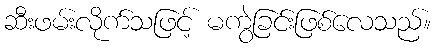
ဆီးဖမ်းလိုက်သဖြင့် မကွဲခြင်းဖြစ်လေသည်။